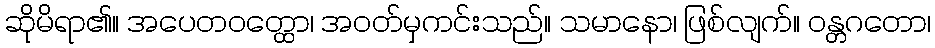
ဆိုမိရာ၏။ အပေတဝတ္ထော၊ အဝတ်မှကင်းသည်။ သမာနော၊ ဖြစ်လျက်။ ဝန္တဂတော၊